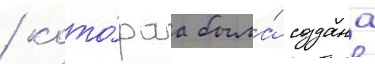
/ кото́раа была́ создана